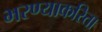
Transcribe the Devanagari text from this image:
भरण्याकरिता